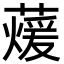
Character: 蕿